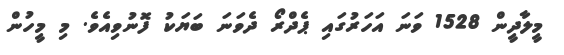
މީލާދީން 1528 ވަނަ އަހަރުގައި ޕެދްރޯ ދެވަނަ ބަޔަކު ފޮނުވިއެވެ. މި މީހުން